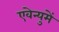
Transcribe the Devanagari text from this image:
एवेन्युमें